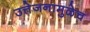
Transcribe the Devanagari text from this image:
उत्तेजनामुळेच